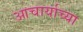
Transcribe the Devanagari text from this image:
आचार्याच्या